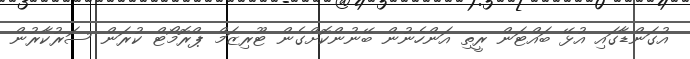
އުގަންޑާގައި އުޅޭ ބައްޓަން ރީތި އަންހެނުން ބޭނުންކޮށްގެން ޓޫރިޒަމް ޕްރޮމޯޓް ކުރަން ސަރުކާރުން